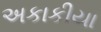
અકાકીયા